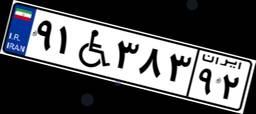
۹۱W۳۸۳۹۲